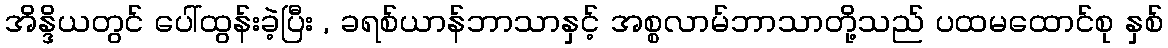
အိန္ဒိယတွင် ပေါ်ထွန်းခဲ့ပြီး , ခရစ်ယာန်ဘာသာနှင့် အစ္စလာမ်ဘာသာတို့သည် ပထမထောင်စု နှစ်